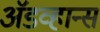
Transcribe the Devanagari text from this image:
अॅडव्हान्स